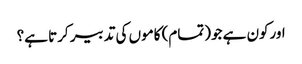
اورکون ہے جو(تمام) کاموں کی تدبیر کرتا ہے؟